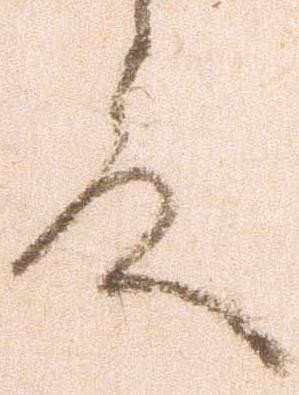
殿